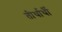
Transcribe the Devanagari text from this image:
तीर्थार्थी